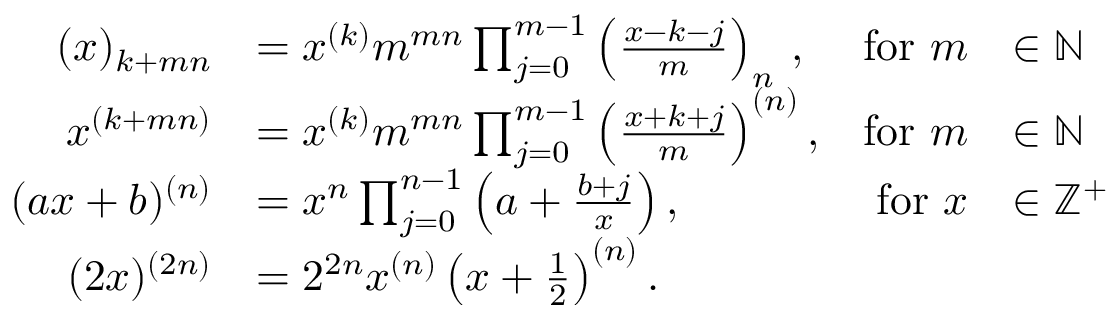
{ \begin{array} { r l r l } { ( x ) _ { k + m n } } & { = x ^ { ( k ) } m ^ { m n } \prod _ { j = 0 } ^ { m - 1 } \left( { \frac { x - k - j } { m } } \right) _ { n } \, , } & { { \mathrm { f o r ~ } } m } & { \in \mathbb { N } } \\ { x ^ { ( k + m n ) } } & { = x ^ { ( k ) } m ^ { m n } \prod _ { j = 0 } ^ { m - 1 } \left( { \frac { x + k + j } { m } } \right) ^ { ( n ) } , } & { { \mathrm { f o r ~ } } m } & { \in \mathbb { N } } \\ { ( a x + b ) ^ { ( n ) } } & { = x ^ { n } \prod _ { j = 0 } ^ { n - 1 } \left( a + { \frac { b + j } { x } } \right) , } & { { \mathrm { f o r ~ } } x } & { \in \mathbb { Z } ^ { + } } \\ { ( 2 x ) ^ { ( 2 n ) } } & { = 2 ^ { 2 n } x ^ { ( n ) } \left( x + { \frac { 1 } { 2 } } \right) ^ { ( n ) } . } \end{array} }